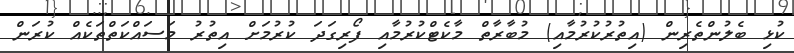
ކުޅި ބެލުންތެރިން (އިތުރުކުރުމާއި) މުބާރާތް މާކެޓްކުރުމާއި ފޯރިގަދަ ކުރުމަށް އިތުރު މަސައްކަތްތަކެއް ކުރަން